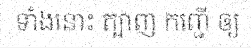
ទាំងនោះ ត្បាញ កញ្ជើ ឲ្យ